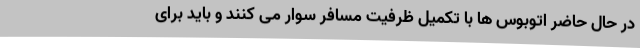
در حال حاضر اتوبوس ها با تکمیل ظرفیت مسافر سوار می کنند و باید برای